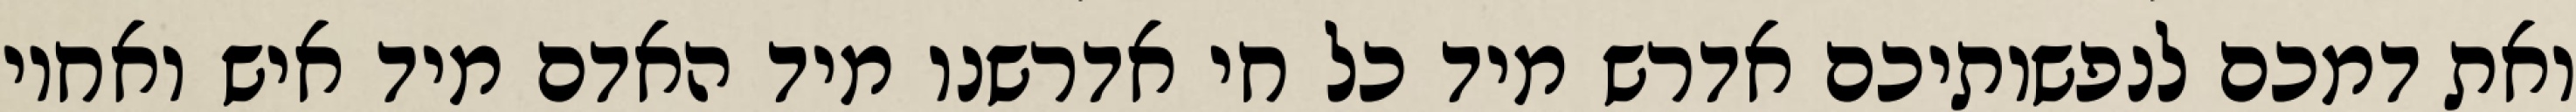
ואת דמכם לנפשותיכם אדרש מיד כל חי אדרשנו מיד האדם מיד איש ואחיו